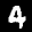
Label: 4